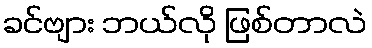
ခင်ဗျား ဘယ်လို ဖြစ်တာလဲ